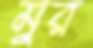
মুর